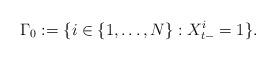
LaTeX: \begin{align*}\Gamma_0 := \{i\in\{1, \dots, N\} : X^{i}_{t-} =1\}.\end{align*}